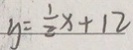
y = \frac { 1 } { 2 } x + 1 2